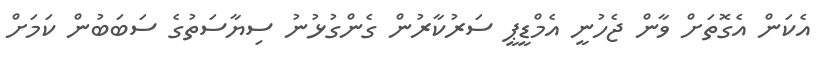
އެކަން އެގޮތަށް ވާން ޖެހުނީ އެމްޑީޕީ ސަރުކާރުން ގެންގުޅުނު ސިޔާސަތުގެ ސަބަބުން ކަމަށް